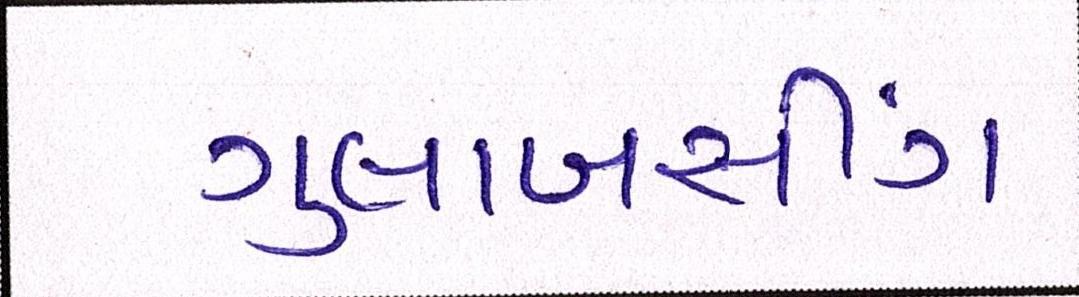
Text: ગુલાબસીંગ